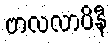
ဗာလလာပိနီ